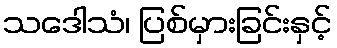
သဒေါသံ၊ ပြစ်မှားခြင်းနှင့်